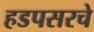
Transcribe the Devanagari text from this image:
हडपसरचे